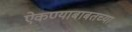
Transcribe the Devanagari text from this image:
ऐकण्याबाबतच्या